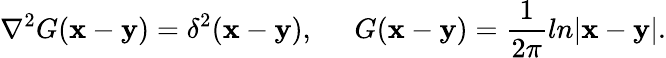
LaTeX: \nabla^{2}G({\mathbf x}-{\mathbf y})=\delta^{2}({\mathbf x}-{\mathbf y}),\; \; \; \; \; G({\mathbf x}-{\mathbf y})=\frac{1}{2\pi}ln|{\mathbf x}-{\mathbf y}|.